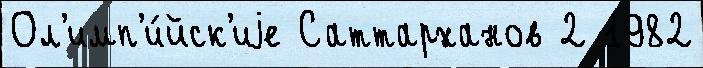
Ол'имп'и́йск'иjе Саттарханов 2 1982